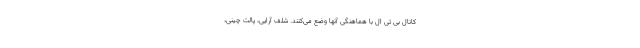
کانال بی تی ال با هماهنگی آنها وضع می‌کنند. شلف آرایی، پالت چینی،